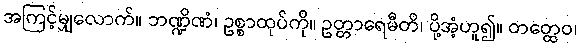
အကြင့်မျှလောက်။ ဘဏ္ဍိဏံ၊ ဥစ္စာထုပ်ကို။ ဥတ္တာရေမီတိ၊ ပို့အံ့ဟူ၍။ တတ္ထေဝ၊